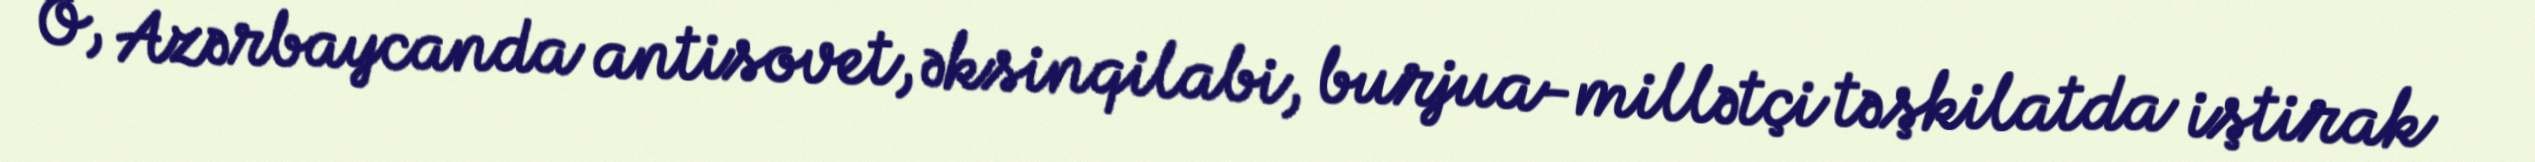
O, Azərbaycanda antisovet, əksinqilabi, burjua-millətçi təşkilatda iştirak